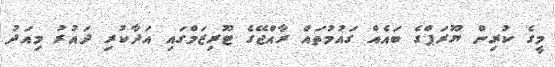
މީގެ ކުރިން ޔޫރަޕްގެ ބައެއް ގައުމުތައް ރާއްޖޭގެ ޓޫރިޒަމްގައި އަދާކުރި ދައުރު މިއަދު